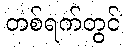
တစ်ရက်တွင်